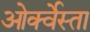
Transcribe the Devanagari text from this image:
ओर्क्वेस्ता